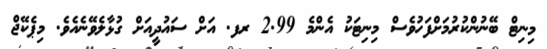
މިނިޓް ބޭނުންކުރުމަށްފަހުވެސް މިނިޓަކު އެންމެ 2.99 ރފ. އަށް ސައުދީއަށް ގުޅާލެވޭނެއެވެ. މިޕެކޭޖް